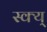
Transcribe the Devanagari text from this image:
स्क्य्